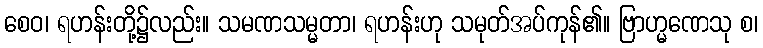
စေဝ၊ ရဟန်းတို့၌လည်း။ သမဏသမ္မတာ၊ ရဟန်းဟု သမုတ်အပ်ကုန်၏။ ဗြာဟ္မဏေသု စ၊